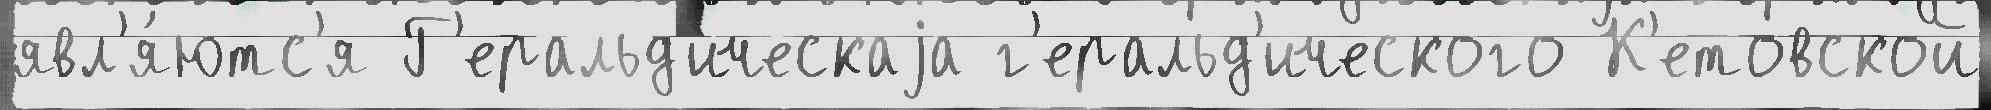
явл'я́ютс'я Г'еральд'ическаjа г'еральд'ического К'етовской